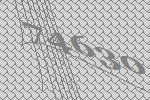
74630